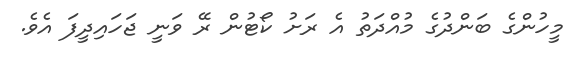
މީހުންގެ ބަންދުގެ މުއްދަތު އެ ރަށު ކޯޓުން ރޭ ވަނީ ޖަހައިދީފަ އެވެ.